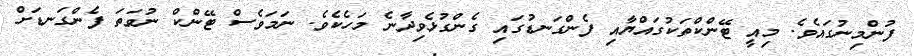
ފުންމިނުގައެވެ. މިއީ ޓޭންކްތަކުގައްޔާއި ފެންގަނޑުގައި ގެންގުޅެވިދާނެ މަހެކެވެ. ނަމަވެސް ޓޭންކް ނުވަތަ ފެންގަނޑަށް